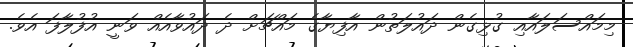
މިމައްސަލައާއި ގުޅިގެން ދައުލަތުން އާފިޔާގެ މައްޗަށް ދެ ދައުވާއެއް ވަނީ އުފުލާފަ އެވެ.